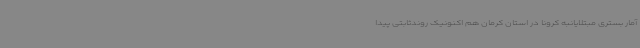
آمار بستری مبتلایانبه کرونا در استان کرمان هم اکنونیک روندثابتی پیدا